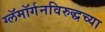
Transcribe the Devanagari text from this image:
ग्लॅमॉर्गनविरुद्धच्या